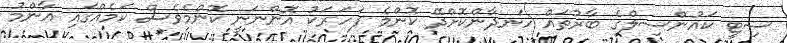
ސިޓީ ކައުންސިލްގެ ބާރުތައް ހަނދާންކޮށްދޭ ކޮންމެ ފަހަރަކު އޮންނަނީ ކޮންމެވެސް ކަމެއްގައި އާންމު